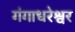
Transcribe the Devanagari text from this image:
गंगाधरेश्वर